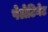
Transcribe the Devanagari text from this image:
पेलेटिनेट